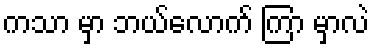
ကသာ မှာ ဘယ်လောက် ကြာ မှာလဲ